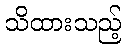
သိထားသည့်